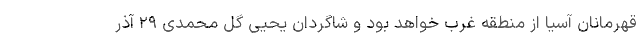
قهرمانان آسیا از منطقه غرب خواهد بود و شاگردان یحیی گل محمدی ۲۹ آذر